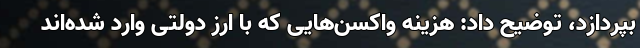
بپردازد، توضیح داد: هزینه واکسن‌هایی که با ارز دولتی وارد شده‌اند